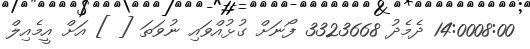
14:0008:00 ދެމެދު 3323668 ފޯނަށް ގުޅުއްވައި ނުވަތަ [ ] އަށް އީމެއިލް